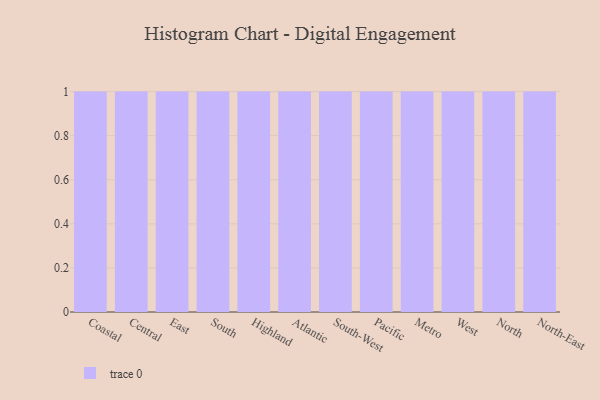
{"axis": {"x": "Region", "y": "Customer Acquisition Cost (USD)"}, "legend": [""], "data": [{"x": "Coastal", "y": 37, "type": ""}, {"x": "Central", "y": 29, "type": ""}, {"x": "East", "y": 41, "type": ""}, {"x": "South", "y": 38, "type": ""}, {"x": "Highland", "y": 99, "type": ""}, {"x": "Atlantic", "y": 100, "type": ""}, {"x": "South-West", "y": 72, "type": ""}, {"x": "Pacific", "y": 30, "type": ""}, {"x": "Metro", "y": 10, "type": ""}, {"x": "West", "y": 46, "type": ""}, {"x": "North", "y": 80, "type": ""}, {"x": "North-East", "y": 19, "type": ""}]}